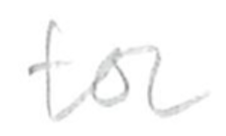
Text: for
Cross-out: clean
Writing tool: pencil